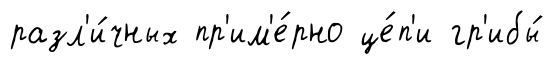
разл'и́чных пр'им'е́рно це́п'и гр'ибы́